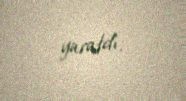
yaratdı.